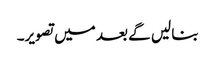
بنا لیں گے بعد میں تصویر۔